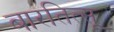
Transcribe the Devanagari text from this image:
बारतित्सू